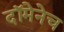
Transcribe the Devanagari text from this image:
दॉमेनेच